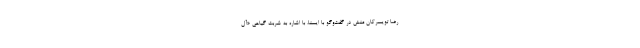
رضا تویسرکان‌ منش در گفت‌وگو با ایسنا، با اشاره به شربت گیاهی «آل